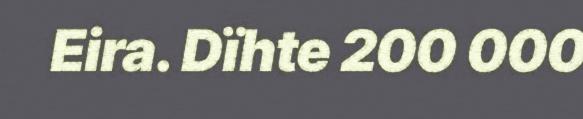
Eira. Dïhte 200 000